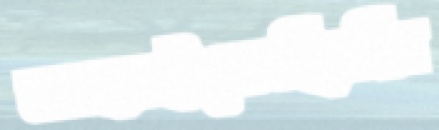
নাহাইতেছিলি